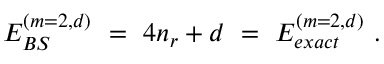
E _ { B S } ^ { ( m = 2 , d ) } \ = \ 4 n _ { r } + d \ = \ E _ { e x a c t } ^ { ( m = 2 , d ) } \ .